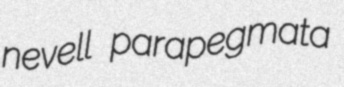
nevell parapegmata